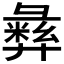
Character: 𫹈